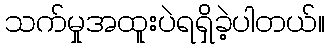
သက်မှုအထူးပဲရရှိခဲ့ပါတယ်။